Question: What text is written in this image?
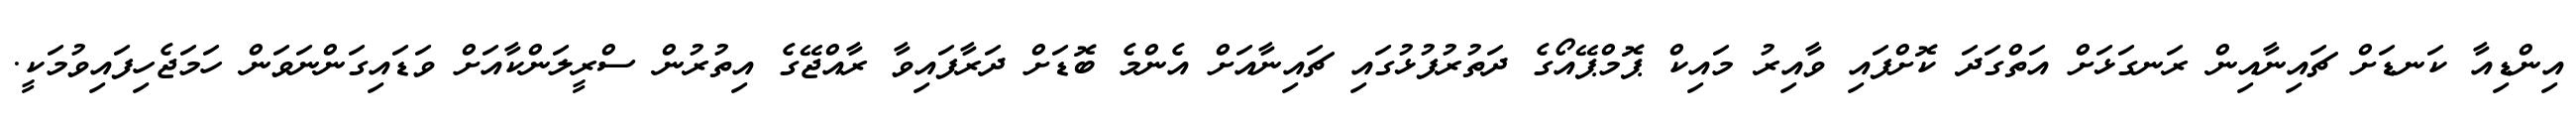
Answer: އިންޑިއާ ކަނޑަށް ޗައިނާއިން ރަނގަޅަށް އަތްގަދަ ކޮށްފައި ވާއިރު މައިކް ޕޮމްޕޭއޯގެ ދަތުރުފުޅުގައި ޗައިނާއަށް އެންމެ ބޮޑަށް ދަރާފައިވާ ރާއްޖޭގެ އިތުރުން ސްރީލަންކާއަށް ވަޑައިގަންނަވަން ހަމަޖެހިފައިވުމަކީ.